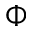
\Phi